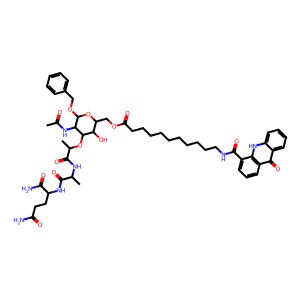
SMILES: CC(=O)NC1C(OCc2ccccc2)OC(COC(=O)CCCCCCCCCCNC(=O)c2cccc3c(=O)c4ccccc4[nH]c23)C(O)C1OC(C)C(=O)NC(C)C(=O)NC(CCC(N)=O)C(N)=O
Inhibits HIV replication: No